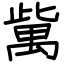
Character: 歶